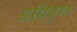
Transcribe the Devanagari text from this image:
अधिपृष्ठ